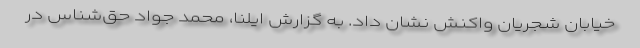
خیابان شجریان واکنش نشان داد. به گزارش ایلنا، محمد جواد حق‌شناس در